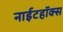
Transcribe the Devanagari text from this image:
नाईटहॉक्स